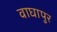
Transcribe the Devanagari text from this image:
वाघापुर